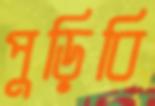
পুড়িবি